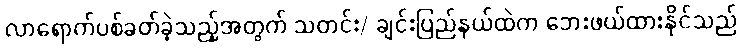
လာရောက်ပစ်ခတ်ခဲ့သည့်အတွက် သတင်း/ ချင်းပြည်နယ်ထဲက ဘေးဖယ်ထားနိုင်သည်